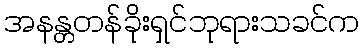
အနန္တတန်ခိုးရှင်ဘုရားသခင်က